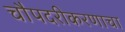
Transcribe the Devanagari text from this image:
चौपदरीकरणाचा